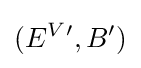
(E^{V}{}',B')